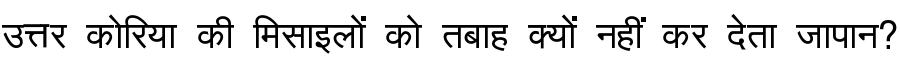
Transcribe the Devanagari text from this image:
उत्तर कोरिया की मिसाइलों को तबाह क्यों नहीं कर देता जापान?